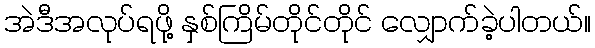
အဲဒီအလုပ်ရဖို့ နှစ်ကြိမ်တိုင်တိုင် လျှောက်ခဲ့ပါတယ်။